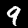
Digit: 9